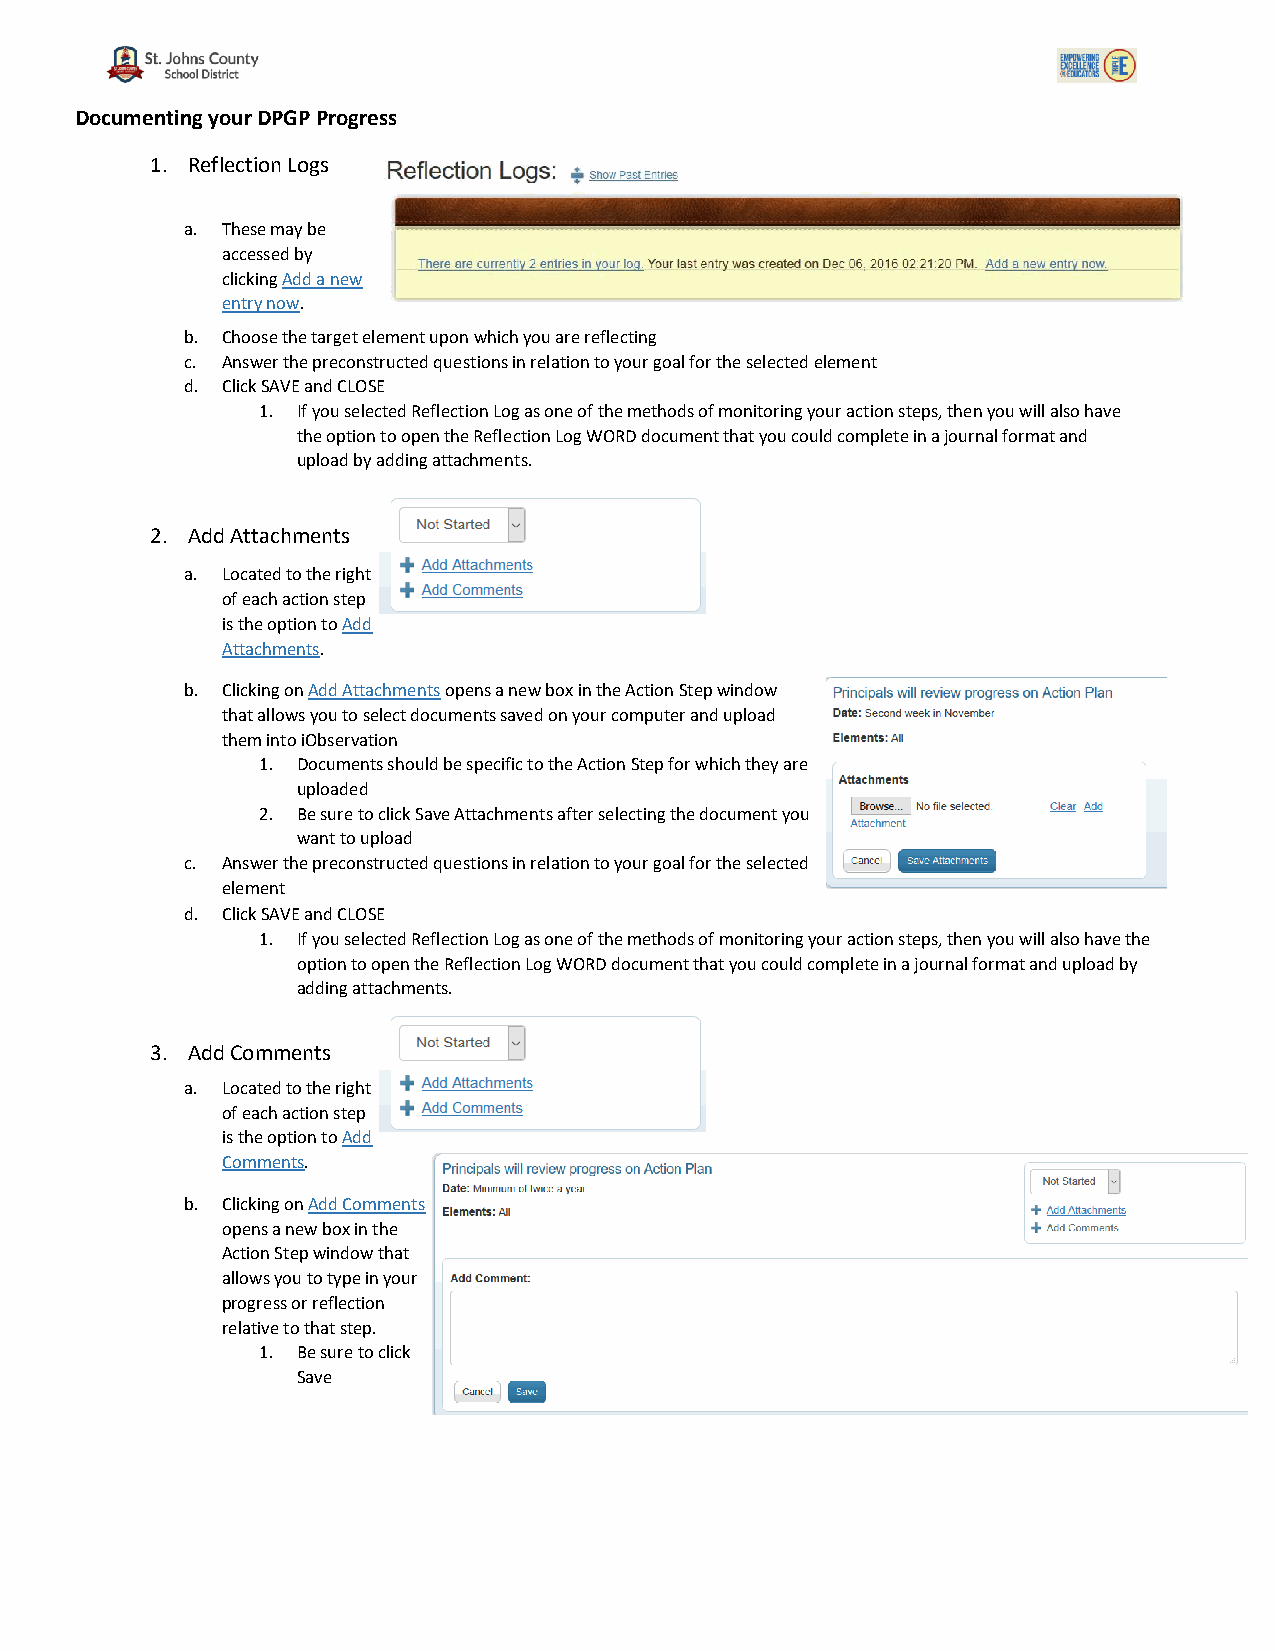
Documenting your DPGP Progress
 1. Reflection Logs
 a. These may be
 acces sed by
 clicking Add a new
 entry now.
 b. Choose the target element upon which you are reflecting
 c. Answer the preconstructed questions in relation to your goal for the selected element
 d. Click SAVE and CLOSE
 1. If you selected Reflection Log as one of the methods of monitoring your action steps, then you will also have
 the option to open the Reflection Log WORD document that you could complete in a journal format and
 upload by adding attachments.
 2. Add Attachments
 a. Located to the right
 of each action step
 is the option to Add
 Attachments.
 b. Clicking on Add Attachments opens a new box in the Action Step window
 that allows you to select documents saved on your computer and upload
 them into iObservation
 1. Documents should be specific to the Action Step for which they are
 uploaded
 2. Be sure to click Save Attachments after selecting the document you
 want to upload
 c. Answer the preconstructed questions in relation to your goal for the selected
 element
 d. Click SAVE and CLOSE
 1. If you selected Reflection Log as one of the methods of monitoring your action steps, then you will also have the
 option to open the Reflection Log WORD document that you could complete in a journal format and upload by
 adding attachments.
 3. Add Comments
 a. Located to the right
 of each action step
 is the option to Add
 Comments.
 b. Clicking on Add Comments
 opens a new box in the
 Action Step window that
 allows you to type in your
 progress or reflection
 relative to that step.
 1. Be sure to click
 Save